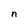
Character: n